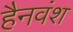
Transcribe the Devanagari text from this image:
हैनवंश